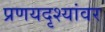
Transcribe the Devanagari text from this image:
प्रणयदृश्यांवर